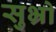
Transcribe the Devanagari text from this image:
सुभ्रो